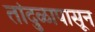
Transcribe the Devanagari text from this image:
तांदुळापासून